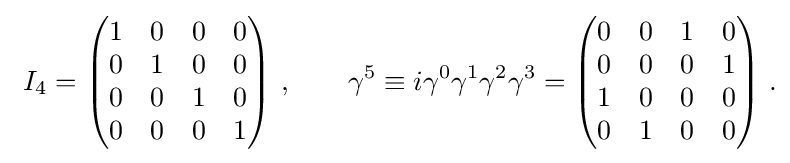
{\begin{aligned}\ I_{4}={\begin{pmatrix}1&0&0&0\\0&1&0&0\\0&0&1&0\\0&0&0&1\end{pmatrix}}\ ,\qquad \gamma ^{5}\equiv i\gamma ^{0}\gamma ^{1}\gamma ^{2}\gamma ^{3}={\begin{pmatrix}0&0&1&0\\0&0&0&1\\1&0&0&0\\0&1&0&0\end{pmatrix}}~.\end{aligned}}